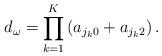
LaTeX: \begin{align*} d_{\omega} = \prod_{k=1}^{K} \left( a_{j_{k}0} + a_{j_{k}2} \right).\end{align*}